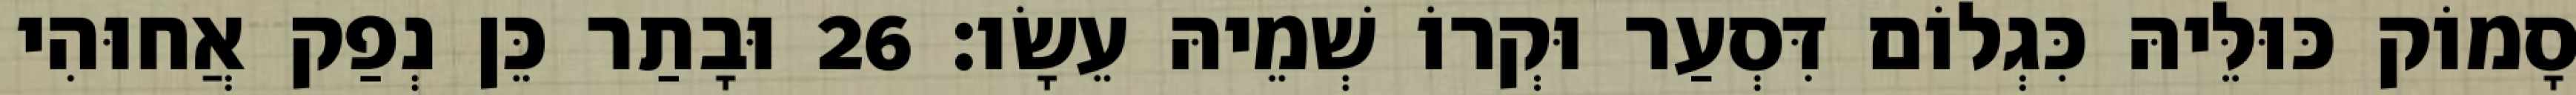
סָמוֹק כּוּלֵּיהּ כִּגְלוֹם דִּסְעַר וּקְרוֹ שְׁמֵיהּ עֵשָׂו׃ 26 וּבָתַר כֵּן נְפַק אֲחוּהִי